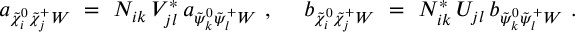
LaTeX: a _ { \tilde { \chi } _ { i } ^ { 0 } \tilde { \chi } _ { j } ^ { + } W } \ = \ N _ { i k } \, V _ { j l } ^ { * } \, a _ { \tilde { \psi } _ { k } ^ { 0 } \tilde { \psi } _ { l } ^ { + } W } ~ , ~ ~ ~ ~ b _ { \tilde { \chi } _ { i } ^ { 0 } \tilde { \chi } _ { j } ^ { + } W } \ = \ N _ { i k } ^ { * } \, U _ { j l } \, b _ { \tilde { \psi } _ { k } ^ { 0 } \tilde { \psi } _ { l } ^ { + } W } ~ .